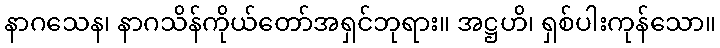
နာဂသေန၊ နာဂသိန်ကိုယ်တော်အရှင်ဘုရား။ အဋ္ဌဟိ၊ ရှစ်ပါးကုန်သော။